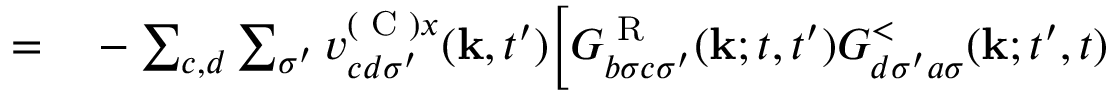
\begin{array} { r l } { = } & { { } - \sum _ { c , d } \sum _ { \sigma ^ { \prime } } v _ { c d \sigma ^ { \prime } } ^ { ( \textrm { C } ) x } ( \mathbf { k } , t ^ { \prime } ) \Bigl [ G _ { b \sigma c \sigma ^ { \prime } } ^ { \textrm { R } } ( \mathbf { k } ; t , t ^ { \prime } ) G _ { d \sigma ^ { \prime } a \sigma } ^ { < } ( \mathbf { k } ; t ^ { \prime } , t ) } \end{array}